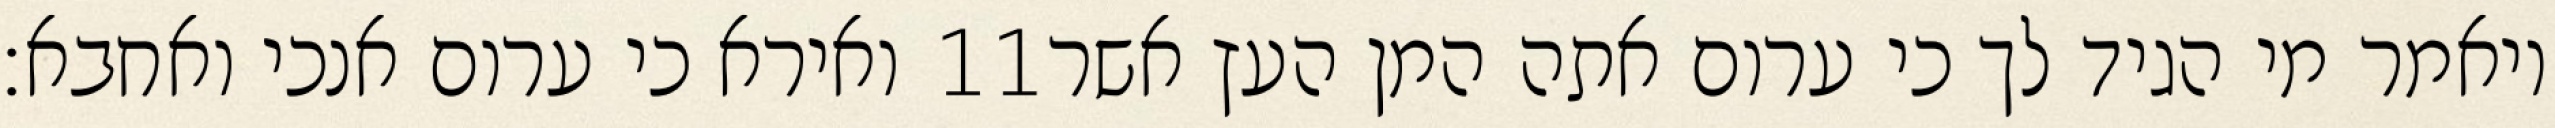
ואירא כי ערום אנכי ואחבא׃ ‎11‏ ויאמר מי הגיד לך כי ערום אתה המן העץ אשר